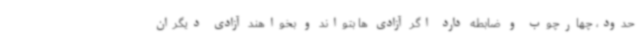
حدود، چهارچوب و ضابطه دارد اگر آزادی ها بتواند و بخواهند آزادی دیگران